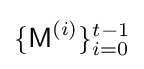
\{{\textsf {M}}^{(i)}\}_{i=0}^{t-1}